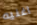
اغنيه